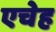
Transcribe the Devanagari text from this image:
एचेह